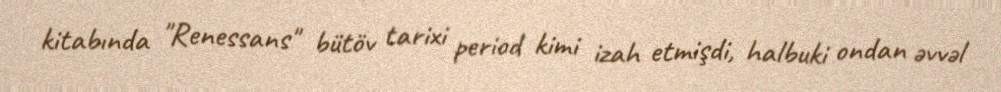
kitabında "Renessans" bütöv tarixi period kimi izah etmişdi, halbuki ondan əvvəl